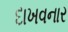
દાખવનાર